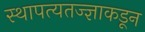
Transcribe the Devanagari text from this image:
स्थापत्यतज्‍ज्ञाकडून